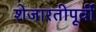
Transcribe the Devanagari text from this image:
शेजारतीपूर्वी